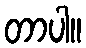
တာပါ။